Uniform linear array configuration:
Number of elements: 64
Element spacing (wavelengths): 0.5
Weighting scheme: blackman
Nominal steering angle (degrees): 15
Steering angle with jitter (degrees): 13.865
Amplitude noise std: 0.05
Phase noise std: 0.05

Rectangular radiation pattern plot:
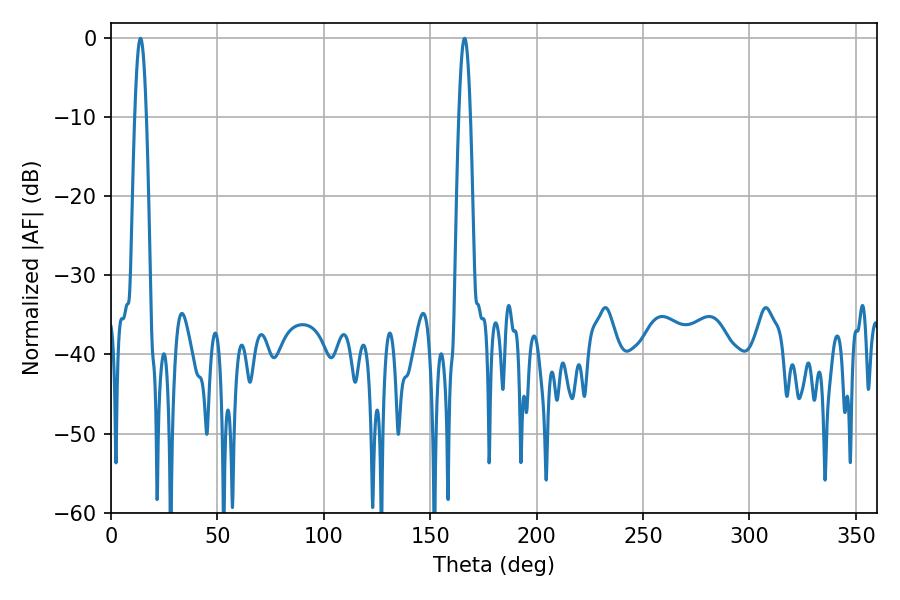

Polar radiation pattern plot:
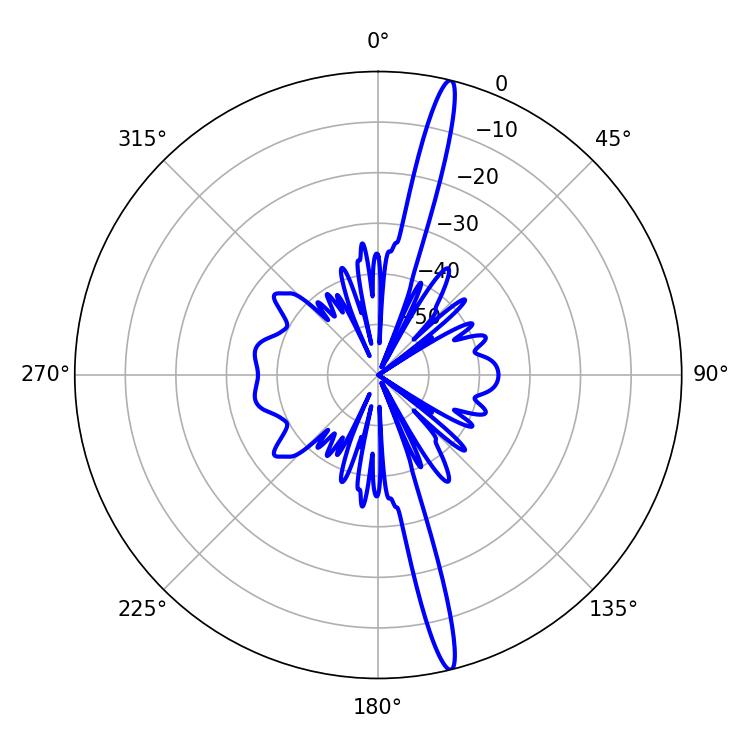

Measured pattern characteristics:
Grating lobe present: FALSE
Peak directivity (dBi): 18.662
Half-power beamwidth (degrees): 2.88
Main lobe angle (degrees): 13.86